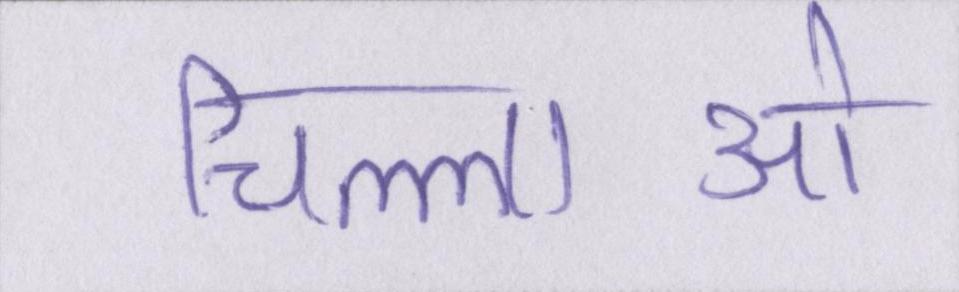
चिल्लाओ